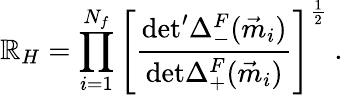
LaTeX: \mathbb{R}_{H}=\prod_{i=1}^{N_{f}}\left[\frac{{\mathrm{{det^{\prime}}}\Delta_{-}^{F}(\vec{{m}}_{i})}}{{\mathrm{{det}}\Delta_{+}^{F}(\vec{{m}}_{i})}}\right]^{\frac{{1}}{{2}}}\ .